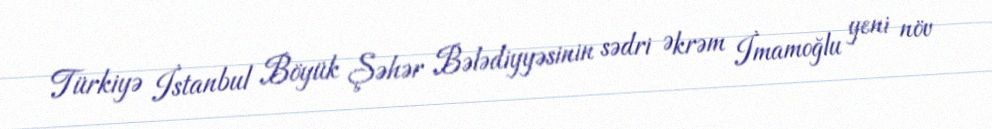
Türkiyə İstanbul Böyük Şəhər Bələdiyyəsinin sədri Əkrəm İmamoğlu yeni növ